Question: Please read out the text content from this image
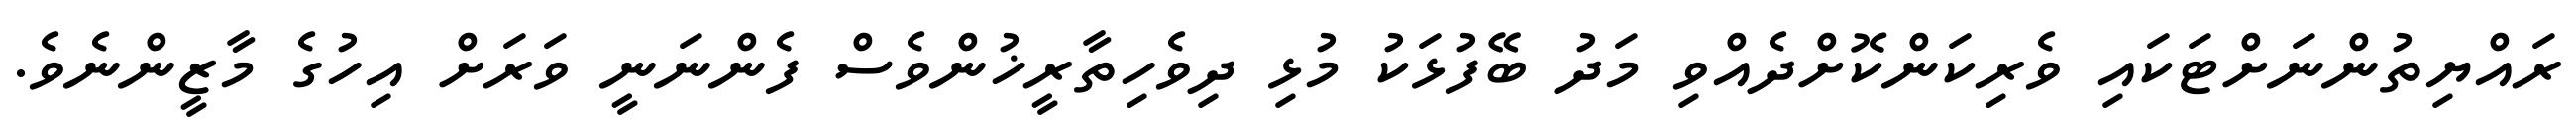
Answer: ރައްޔިތުންނަށްޓަކައި ވެރިކަންކޮށްދެއްވި މަދު ބޭފުޅަކު މުޅި ދިވެހިތާރީޚުންވެސް ފެންނަނީ ވަރަށް އިހުގެ މާޒީންނެވެ.